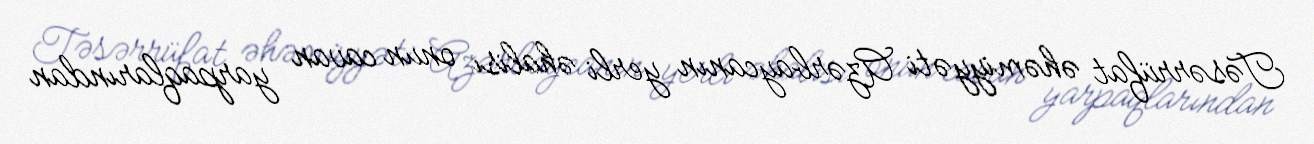
Təsərrüfat əhəmiyyəti Azərbaycanın yerli əhalisi onun cavan yarpaqlarından